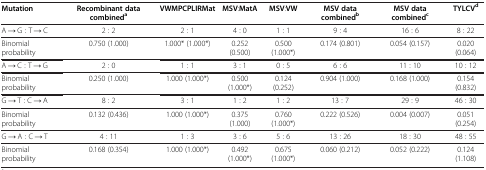
<table><thead><tr><td><b>Mutation</b></td><td><b>Recombinant data combined<sup>a</sup></b></td><td><b>VWMPCPLIRMat</b></td><td><b>MSV:MatA</b></td><td><b>MSV:VW</b></td><td><b>MSV data combined<sup>b</sup></b></td><td><b>MSV data combined<sup>c</sup></b></td><td><b>TYLCV<sup>d</sup></b></td></tr></thead><tbody><tr><td>A → G : T → C</td><td>2 : 2</td><td>2 : 1</td><td>4 : 0</td><td>1 : 1</td><td>9 : 4</td><td>16 : 6</td><td>8 : 22</td></tr><tr><td>Binomial probability</td><td>0.750 (1.000)</td><td>1.000* (1.000*)</td><td>0.252 (0.500)</td><td>0.500 (1.000*)</td><td>0.174 (0.801)</td><td>0.054 (0.157)</td><td>0.020 (0.064)</td></tr><tr><td>A → C : T → G</td><td>2 : 0</td><td>1 : 1</td><td>3 : 1</td><td>0 : 5</td><td>6 : 6</td><td>11 : 10</td><td>10 : 12</td></tr><tr><td>Binomial probability</td><td>0.250 (1.000)</td><td>1.000 (1.000*)</td><td>0.500 (1.000*)</td><td>0.124 (0.252)</td><td>0.904 (1.000)</td><td>0.168 (1.000)</td><td>0.154 (0.832)</td></tr><tr><td>G → T : C → A</td><td>8 : 2</td><td>3 : 1</td><td>1 : 2</td><td>1 : 2</td><td>13 : 7</td><td>29 : 9</td><td>46 : 30</td></tr><tr><td>Binomial probability</td><td>0.132 (0.436)</td><td>1.000 (1.000*)</td><td>0.375 (1.000)</td><td>0.760 (1.000*)</td><td>0.222 (0.526)</td><td>0.004 (0.007)</td><td>0.051 (0.254)</td></tr><tr><td>G → A : C → T</td><td>4 : 11</td><td>1 : 3</td><td>3 : 6</td><td>5 : 6</td><td>13 : 26</td><td>18 : 30</td><td>48 : 55</td></tr><tr><td>Binomial probability</td><td>0.168 (0.354)</td><td>1.000 (1.000*)</td><td>0.492 (1.000*)</td><td>0.675 (1.000*)</td><td>0.060 (0.212)</td><td>0.052 (0.222)</td><td>0.124 (1.108)</td></tr></tbody></table>